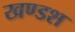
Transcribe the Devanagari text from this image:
खण्डश